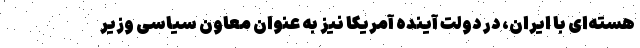
هسته‌ای با ایران، در دولت آینده آمریکا نیز به عنوان معاون سیاسی وزیر